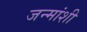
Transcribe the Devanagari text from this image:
जन्मांशी